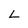
Character: L